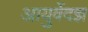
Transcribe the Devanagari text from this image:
आयुर्वेदज्ञ